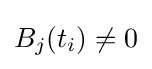
B_{j}(t_{i})\neq 0